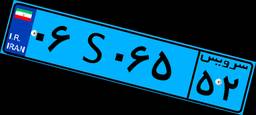
۴۶S۹۸۳۳۵